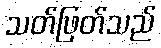
သတ်ဖြတ်သည်